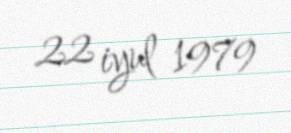
22 iyul 1979